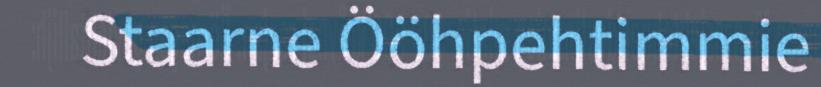
Staarne Ööhpehtimmie